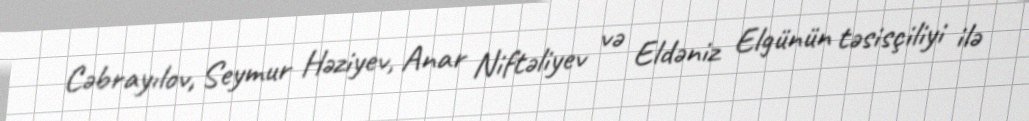
Cəbrayılov, Seymur Həziyev, Anar Niftəliyev və Eldəniz Elgünün təsisçiliyi ilə